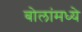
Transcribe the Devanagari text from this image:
बोलांमध्ये